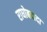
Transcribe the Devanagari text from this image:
राघोबदादा